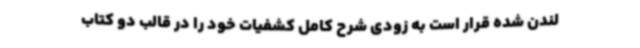
لندن شده قرار است به زودی شرح کامل کشفیات خود را در قالب دو کتاب